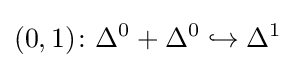
(0,1)\colon \Delta ^{0}+\Delta ^{0}\hookrightarrow \Delta ^{1}